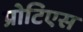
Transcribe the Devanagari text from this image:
प्रोटिएस